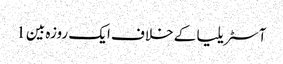
آسٹریلیا کے خلاف ایک روزہ بین 1